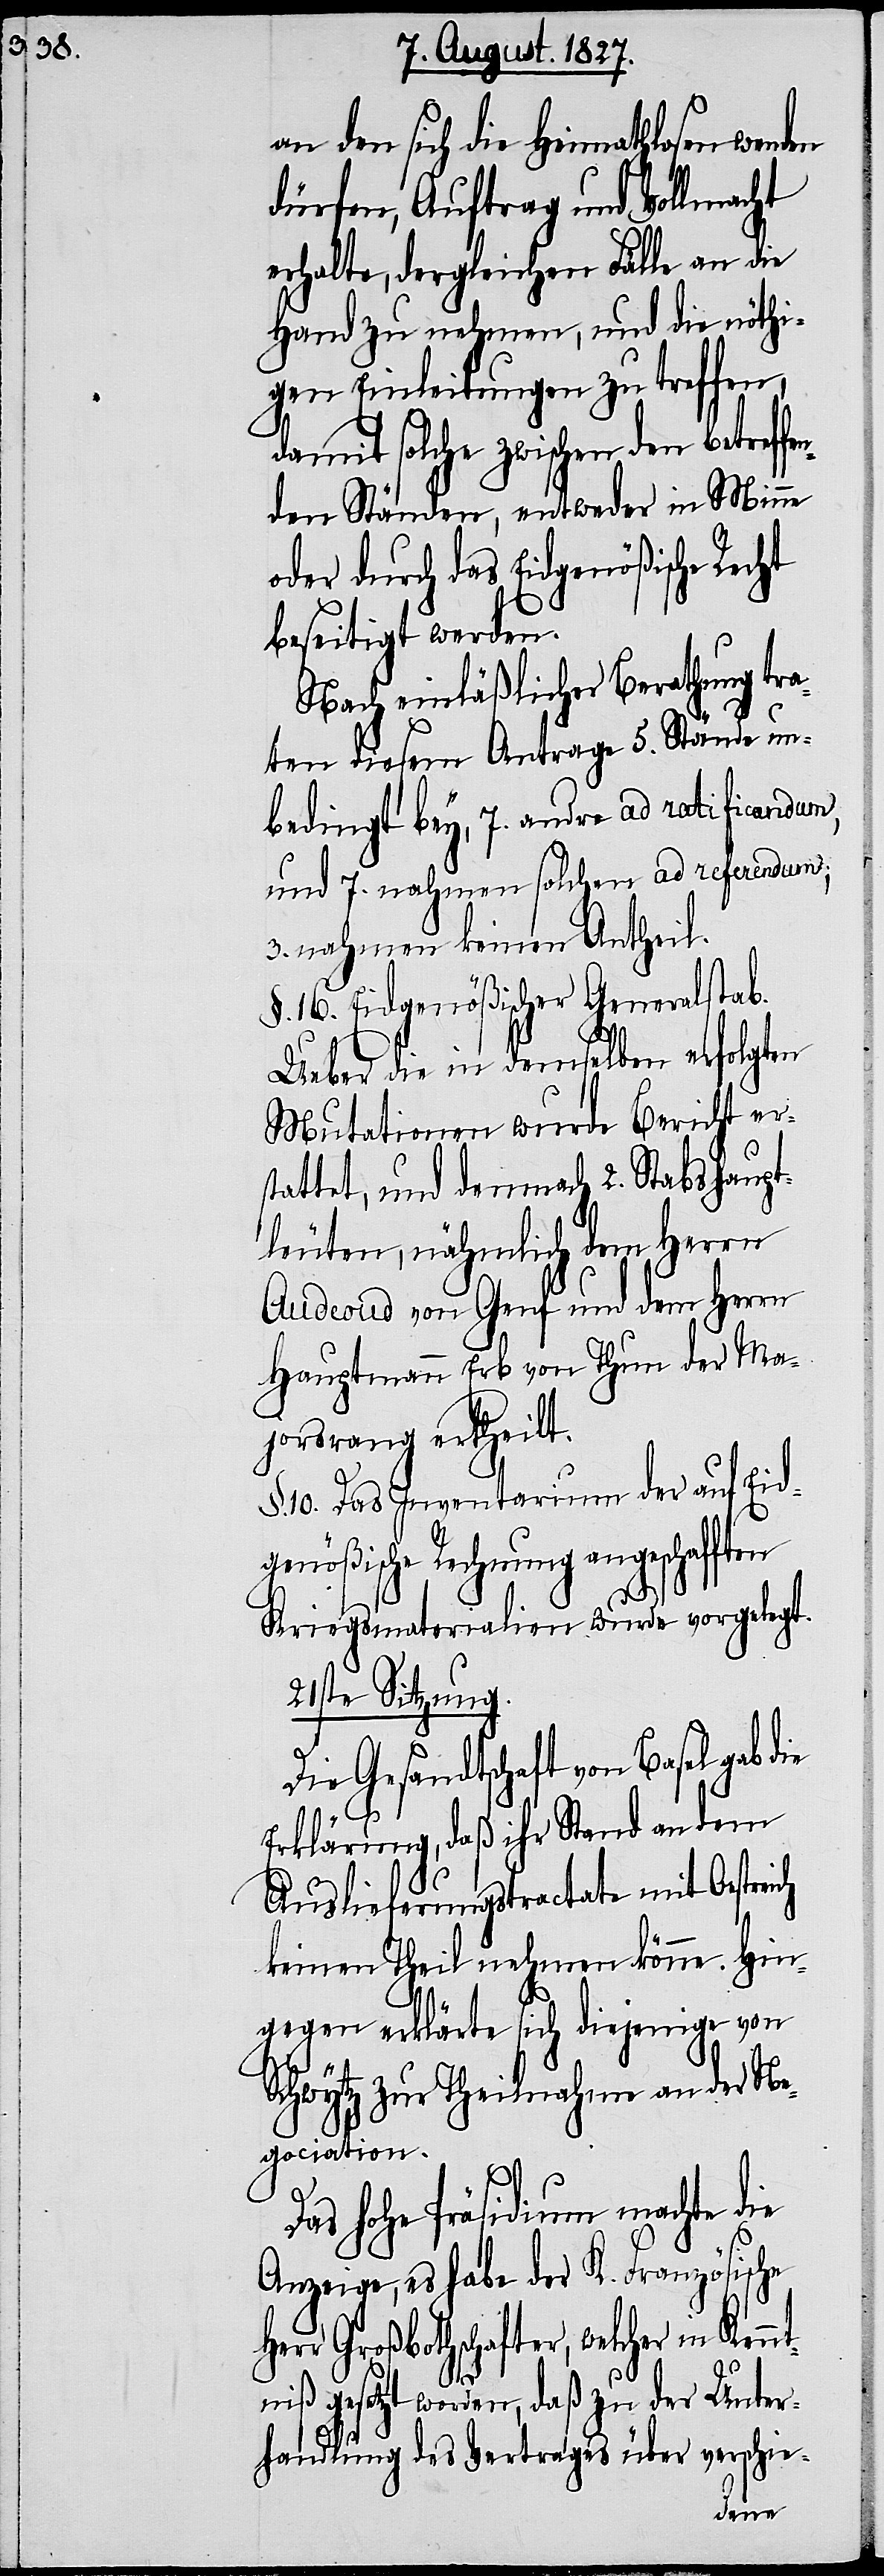
o¬

an den sich die Heimathlosen wenden
dürfen, Auftrag und Vollmacht
erhalte, dergleichen Fälle an die
Hand zu nehmen, und die nöthi¬
gen Einrichtungen zu treffen,
damit solche zwischen den betref¬
den Ständen, entweder in Minne
der durch das Eidgenößische Recht
beseitigt werden.
Nach einläßlicher Berathung tra¬
ten diesem Antrage 5. Stände un¬
bedingt bey, 7. andre ad ratificandum,
und 7. nahmen solchen ad referendum,
3. nahmen keinen Antheil.
§. 16. Eidgenößischer Generalstab.
Ueber die in demselben erfolgten
Mutationen wurde Bericht er¬
stattet, und demnach 2. Stabshaupt¬
leuten, nähmlich dem Herrn
Audeoud von Genf und dem Herrn
Hauptmann Erb von Thun der Ma¬
jorsrang ertheilt.
§. 10. Das Inventarium der auf Eid¬
genößische Rechnung angeschafften
Kriegsmaterialien wurde vorgelegt.
21ste Sitzung.
Die Gesandtschaft von Basel gab die
Erklärung, daß ihr Stand an dem
Auslieferungstractate mit Oestreich
keinen Theil nehmen könne. Hin¬
gegen erklärte sich diejenige von
Schwytz zur Theilnahme an der Ne¬
gociation.
Das hohe Präsidium machte die
Anzeige, es habe der K. Französische
Herr Großbothschafter, welcher in Kenn¬
t¬
niß gesetzte worden, daß zu der Unter¬
handlung des Vertrages über verschie-
fen¬